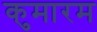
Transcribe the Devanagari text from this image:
कुमारम